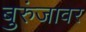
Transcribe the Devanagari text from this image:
बुरुंजावर